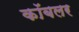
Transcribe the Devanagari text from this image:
कॉबलर